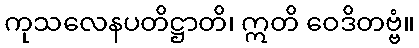
ကုသလေနပတိဋ္ဌာတိ၊ ဣတိ ဝေဒိတဗ္ဗံ။